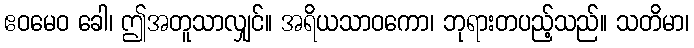
ဧဝမေဝ ခေါ၊ ဤအတူသာလျှင်။ အရိယသာဝကော၊ ဘုရားတပည့်သည်။ သတိမာ၊